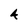
Character: 4